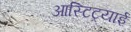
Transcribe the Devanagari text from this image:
आस्टिट्रयाई